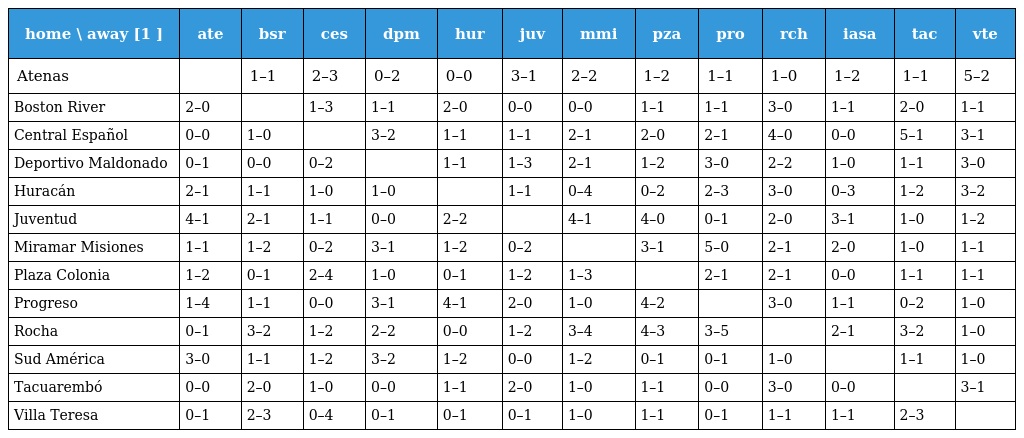
| home \ away [1 ] | ate | bsr | ces | dpm | hur | juv | mmi | pza | pro | rch | iasa | tac | vte |
 | --- | --- | --- | --- | --- | --- | --- | --- | --- | --- | --- | --- | --- | --- |
 | Atenas |  | 1–1 | 2–3 | 0–2 | 0–0 | 3–1 | 2–2 | 1–2 | 1–1 | 1–0 | 1–2 | 1–1 | 5–2 |
 | Boston River | 2–0 |  | 1–3 | 1–1 | 2–0 | 0–0 | 0–0 | 1–1 | 1–1 | 3–0 | 1–1 | 2–0 | 1–1 |
 | Central Español | 0–0 | 1–0 |  | 3–2 | 1–1 | 1–1 | 2–1 | 2–0 | 2–1 | 4–0 | 0–0 | 5–1 | 3–1 |
 | Deportivo Maldonado | 0–1 | 0–0 | 0–2 |  | 1–1 | 1–3 | 2–1 | 1–2 | 3–0 | 2–2 | 1–0 | 1–1 | 3–0 |
 | Huracán | 2–1 | 1–1 | 1–0 | 1–0 |  | 1–1 | 0–4 | 0–2 | 2–3 | 3–0 | 0–3 | 1–2 | 3–2 |
 | Juventud | 4–1 | 2–1 | 1–1 | 0–0 | 2–2 |  | 4–1 | 4–0 | 0–1 | 2–0 | 3–1 | 1–0 | 1–2 |
 | Miramar Misiones | 1–1 | 1–2 | 0–2 | 3–1 | 1–2 | 0–2 |  | 3–1 | 5–0 | 2–1 | 2–0 | 1–0 | 1–1 |
 | Plaza Colonia | 1–2 | 0–1 | 2–4 | 1–0 | 0–1 | 1–2 | 1–3 |  | 2–1 | 2–1 | 0–0 | 1–1 | 1–1 |
 | Progreso | 1–4 | 1–1 | 0–0 | 3–1 | 4–1 | 2–0 | 1–0 | 4–2 |  | 3–0 | 1–1 | 0–2 | 1–0 |
 | Rocha | 0–1 | 3–2 | 1–2 | 2–2 | 0–0 | 1–2 | 3–4 | 4–3 | 3–5 |  | 2–1 | 3–2 | 1–0 |
 | Sud América | 3–0 | 1–1 | 1–2 | 3–2 | 1–2 | 0–0 | 1–2 | 0–1 | 0–1 | 1–0 |  | 1–1 | 1–0 |
 | Tacuarembó | 0–0 | 2–0 | 1–0 | 0–0 | 1–1 | 2–0 | 1–0 | 1–1 | 0–0 | 3–0 | 0–0 |  | 3–1 |
 | Villa Teresa | 0–1 | 2–3 | 0–4 | 0–1 | 0–1 | 0–1 | 1–0 | 1–1 | 0–1 | 1–1 | 1–1 | 2–3 |  |